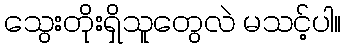
သွေးတိုးရှိသူတွေလဲ မသင့်ပါ။